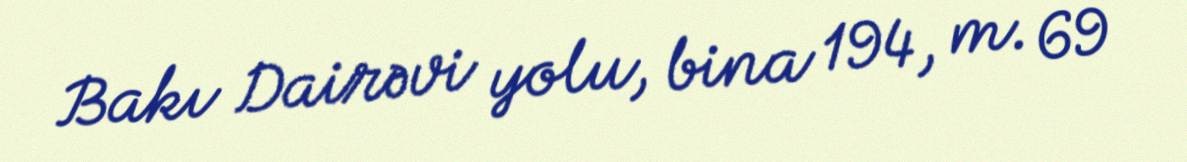
Bakı Dairəvi yolu, bina 194, m. 69